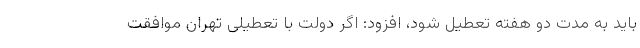
باید به مدت دو هفته تعطیل شود، افزود: اگر دولت با تعطیلی تهران موافقت